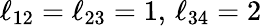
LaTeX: \ell_{12}=\ell_{23}=1,\, \ell_{34}=2